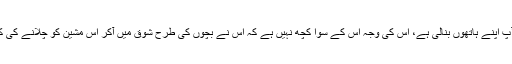
یہ مستقل دوزخ جو اسی دنیامیں انسان نے اپنے لیے آپ اپنے ہاتھوں بنالی ہے، اس کی وجہ اس کے سوا کچھ نہیں ہے کہ اس نے بچوں کی طرح شوق میں آکر اس مشین کو چلانے کی کوشش کی جس کے کل پرزوں سے وہ واقف ہی نہیں۔